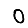
Digit: 0